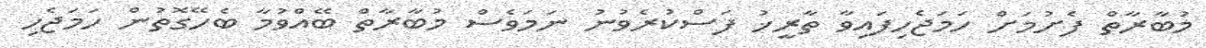
މުބާރާތް ފެށުމަށް ހަމަޖެހިފައިވާ ތާރީޚު ފަސްކުރެވުނު ނަމަވެސް މުބާރާތް ބޭއްވުމާ ބެހޭގޮތުން ހަމަޖެހި